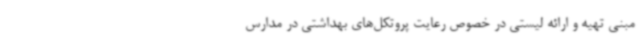
مبنی تهیه و ارائه لیستی در خصوص رعایت پروتکل‌های بهداشتی در مدارس